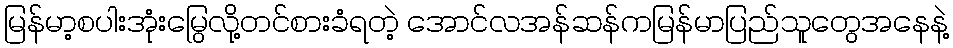
မြန်မာ့စပါးအုံးမြွေလို့တင်စားခံရတဲ့ အောင်လအန်ဆန်ကမြန်မာပြည်သူတွေအနေနဲ့